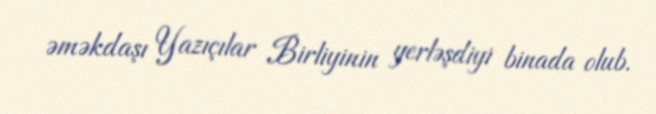
əməkdaşı Yazıçılar Birliyinin yerləşdiyi binada olub.